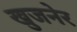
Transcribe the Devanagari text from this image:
खुजनेर